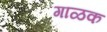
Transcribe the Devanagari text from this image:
गाळक